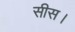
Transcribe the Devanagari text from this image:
सीस।